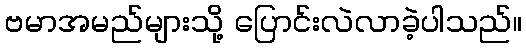
ဗမာအမည်များသို့ ပြောင်းလဲလာခဲ့ပါသည်။